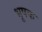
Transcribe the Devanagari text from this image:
भूषक